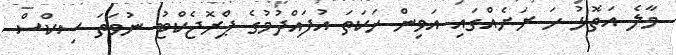
މާލެ އަތޮޅު ހަ ރަށެއްގައި އަވިން ހަކަތަ އުފައްދުމުގެ ޕްރޮޖެކްޓު ނުވަތަ ސިކްސް